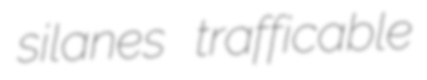
silanes trafficable